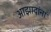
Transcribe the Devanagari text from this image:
आझादांना